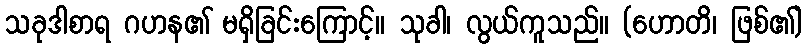
သခုဒါစာရ ဂဟန၏ မရှိခြင်းကြောင့်။ သုခါ၊ လွယ်ကူသည်။ (ဟောတိ၊ ဖြစ်၏)